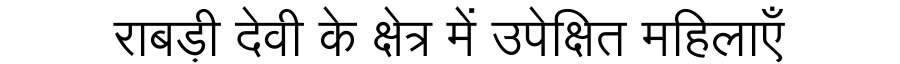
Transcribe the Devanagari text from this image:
राबड़ी देवी के क्षेत्र में उपेक्षित महिलाएँ